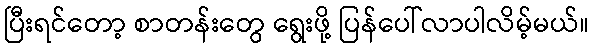
ပြီးရင်တော့ စာတန်းတွေ ရွေးဖို့ ပြန်ပေါ်လာပါလိမ့်မယ်။